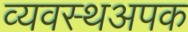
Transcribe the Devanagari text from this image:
व्यवस्थअपक